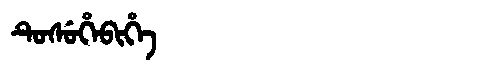
Manchu: ᡨᡠᠰᡠᡥᡝᠪᡳᡥᡝ
Romanization: TUSUHEBIHE